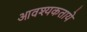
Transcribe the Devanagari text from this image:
आवश्यकताये